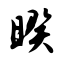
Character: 暌